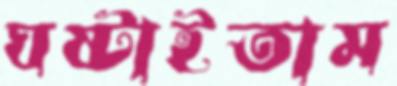
ঘষ্‌টাইতাম